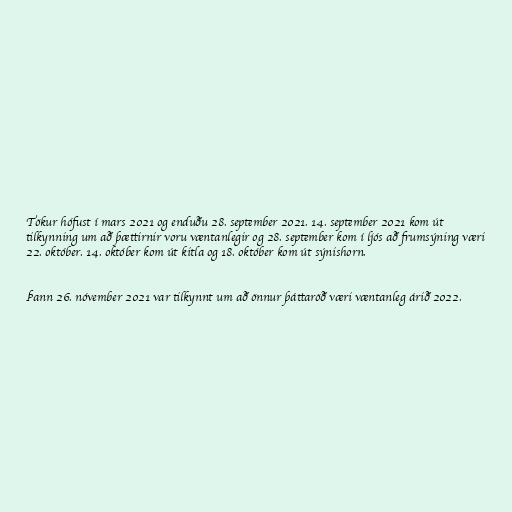
Tökur hófust í mars 2021 og enduðu 28. september 2021. 14. september 2021 kom út
tilkynning um að þættirnir voru væntanlegir og 28. september kom í ljós að frumsýning væri
22. október. 14. október kom út kitla og 18. október kom út sýnishorn.

Þann 26. nóvember 2021 var tilkynnt um að önnur þáttaröð væri væntanleg árið 2022.